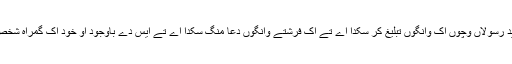
اِک بندہ شاید رسولاں وِچوں اِک وانگوں تبلیغ کر سکدا اے تے اِک فرشتے وانگوں دعا منگ سکدا اے تے ایس دے باوجود اُو خود اِک گمراہ شخص ہوندا اے۔